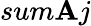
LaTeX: sum\mathbf{A}j